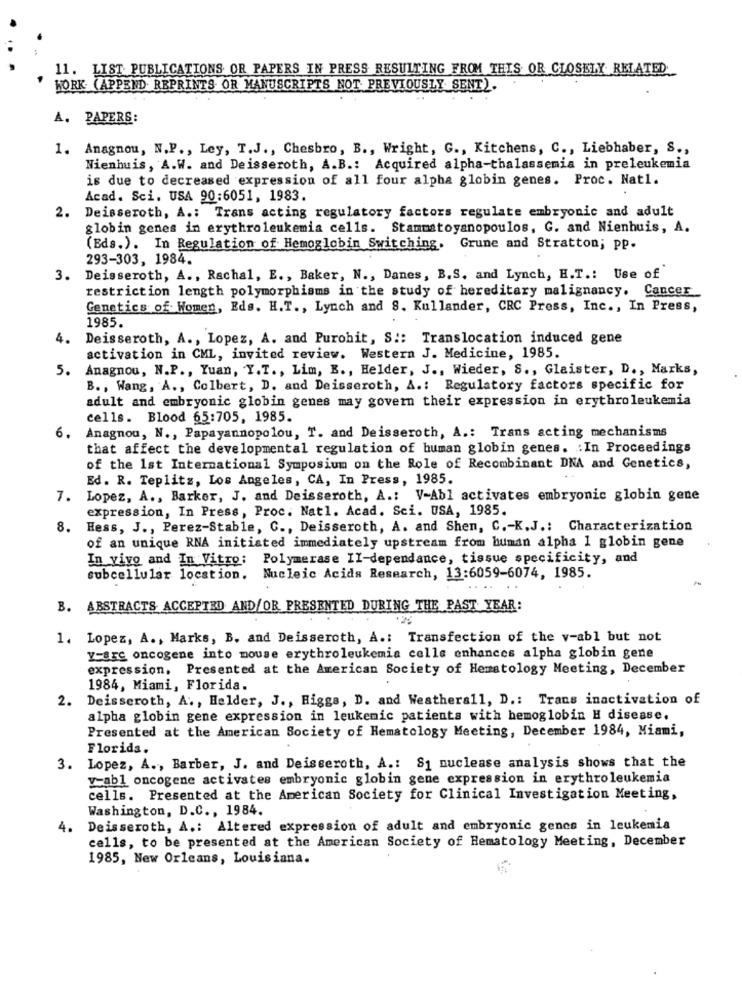
11. LIST. PUBLICATIONS OR PAPERS IN PRESS RESULTING FROM THIS OR CLOSELY RELATED
WORK (APPEND REPRINTS OR MANUSCRIPTS NOT PREVIOUSLY SENT).
A. PAPERS:
1. Anagnou, N.P ., Ley, T.J ., Chesbro, B ., Wright, G ., Kitchens, C ., Liebhaber, S .,
Nienhuis, A.W. and Deisseroth, A.B .: Acquired alpha-thalassemia in preleukemia
is due to decreased expression of all four alpha globin genes. Proc. Natl.
Acad. Sci. USA 90:6051, 1983.
2.
Deisseroth, A .: Trans acting regulatory factors regulate embryonic and adult
globin genes in erythroleukemia cells. Stammatoyanopoulos, G. and Nienhuis, A.
(Eds.). In Regulation of Hemoglobin Switching. Grune and Stratton; pP.
293-303, 1984.
3. Deisseroth, A ., Rachal, E ., Baker, N ., Danes, B.S. and Lynch, H.T .: Use of
restriction length polymorphisms in the study of hereditary malignancy. Cancer
Genetics of Women, Eds. H.T ., Lynch and 8. Kullander, CRC Press, Inc ., In Press,
1985.
4.
Deisseroth, A ., Lopez, A. and Purohit, S :: Translocation induced gene
activation in CML, invited review. Western J. Medicine, 1985.
5.
Anagnou, N.P ., Yuan, Y.T ., Lim, B ., Helder, J ., Wieder, S ., Glaister, D ., Marks,
B ., Wang, A ., Colbert, D. and Deisseroth, A .: Regulatory factors specific for
adult and embryonic globin genes may govern their expression in erythroleukemia
cells. Blood 65:705, 1985.
Anagnou, N ., Papayannopolou, T. and Deisseroth, A .: Trans acting mechanisms
6.
that affect the developmental regulation of human globin genes. : In Proceedings
of the 1st International Symposium on the Role of Recombinant DNA and Genetics,
Ed. R. Teplitz, Los Angeles, CA, In Press, 1985.
7.
Lopez, A ., Barker, J. and Deisseroth, A .: V-Abl activates embryonic globin gene
expression, In Press, Proc. Natl. Acad. Sci. USA, 1985.
8.
Hess, J ., Perez-Stable, C ., Deisseroth, A. and Shen, C .- K.J .: Characterization
of an unique RNA initiated immediately upstream from human alpha 1 globin gene
In vivo and In Vitro: Polymerase II-dependance, tissue specificity, and
subcellular location. Nucleic Acids Research, 13:6059-6074, 1985.
B. ABSTRACTS ACCEPTED AND/OR PRESENTED DURING THE PAST YEAR:
1. Lopez, A ., Marks, B. and Deisseroth, A .: Transfection of the v-abl but not
Y=are oncogene into mouse erythroleukemia celle enhances alpha globin gene
expression. Presented at the American Society of Hematology Meeting, December
1984, Miami, Florida.
2. Deisseroth, A ., Helder, J ., Higgs, D. and Weatherall, D .: Trans inactivation of
alpha globin gene expression in leukemic patients with hemoglobin H disease.
Presented at the American Society of Hematology Meeting, December 1984, Miami,
Florida.
3. Lopez, A ., Barber, J. and Deisseroth, A .: S1 nuclease analysis shows that the
y-abl oncogene activates embryonic globin gene expression in erythroleukemia
cells. Presented at the American Society for Clinical Investigation Meeting,
Washington, D.C ., 1984.
4.
Deisseroth, A .: Altered expression of adult and embryonic gencs in leukemia
cells, to be presented at the American Society of Hematology Meeting, December
1985, New Orleans, Louisiana.